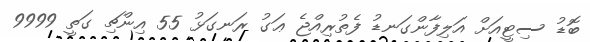
ބޮޑު ސިޓީއަށް އަލިފާންގަނޑު ފެތުރިއްޖެ ޢަގު ރަނގަޅު 55 އިންޗި ގަތީ 9999